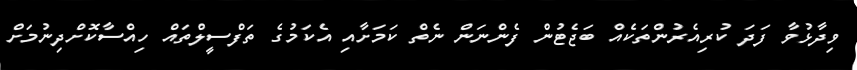
ވިދާޅުވާ ފަދަ ކުރިއެރުންތަކެއް ބަޖެޓުން ފެންނަން ނެތް ކަމަށާއި އެކަމުގެ ތަފްސީލްތައް ހިއްސާކޮށްދިނުމަށް